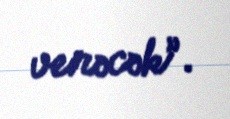
verəcək”.